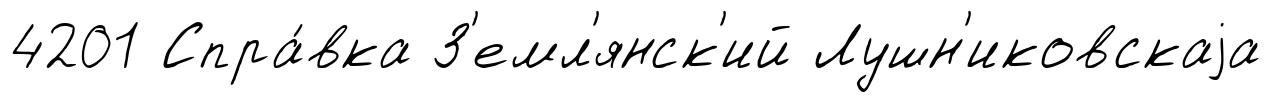
4201 Спра́вка З'емл'янск'ий Лушн'иковскаjа